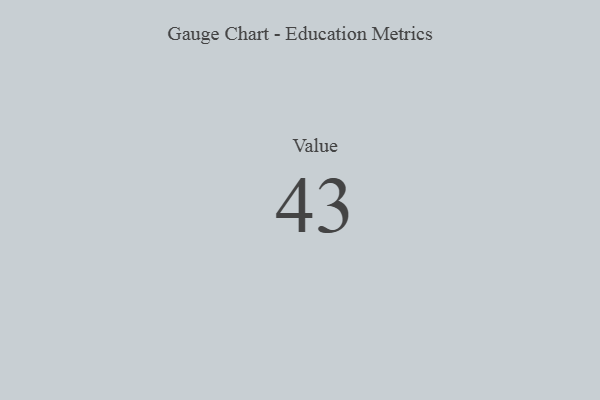
{"axis": {"x": "Metric", "y": "Value"}, "legend": [""], "data": [{"x": "Value", "y": 43, "type": ""}]}